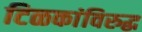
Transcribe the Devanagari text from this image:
टिळकांविरुद्ध